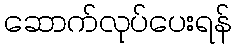
ဆောက်လုပ်ပေးရန်